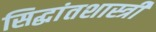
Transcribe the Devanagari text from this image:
सिद्धांतशास्त्री